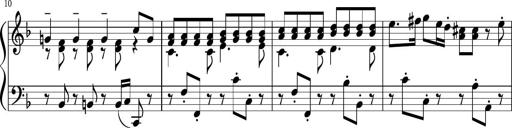
Title: Sonatina 1
Composer: Claudio Macchi
Key: F major